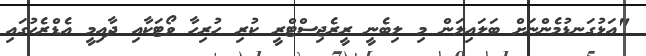
"އަޅުގަނޑުމެންނަށް ބަލައިލަން މި ލިބެނީ ރީރެޖިސްޓްރީ ކުރި ހުރިހާ ވޯޓަކާއި ދާއިމީ އެޑްރެހުގައި